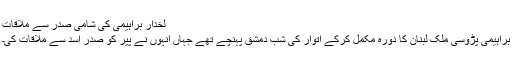
لخدار براہیمی کی شامی صدر سے ملاقات
براہیمی پڑوسی ملک لبنان کا دورہ مکمل کرکے اتوار کی شب دمشق پہنچے تھے جہاں انہوں نے پیر کو صدر اسد سے ملاقات کی۔